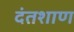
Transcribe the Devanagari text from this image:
दंतशाण